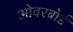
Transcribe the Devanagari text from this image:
ओवरबोर्ड